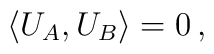
\langle U_A,U_B\rangle =0 \,,